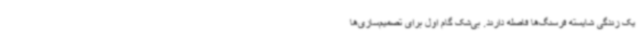
یک زندگی شایسته فرسنگ‌ها فاصله دارند. بی‌شک گام اول برای تصمیم‌سازی‌ها